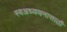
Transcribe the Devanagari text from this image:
स्वअध्ययनासाठी